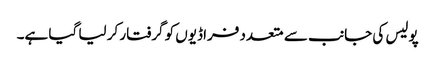
پولیس کی جانب سے متعدد فراڈیوں کو گرفتار کر لیا گیا ہے۔